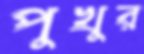
পুখুর